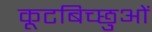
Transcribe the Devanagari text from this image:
कूटबिच्छुओं